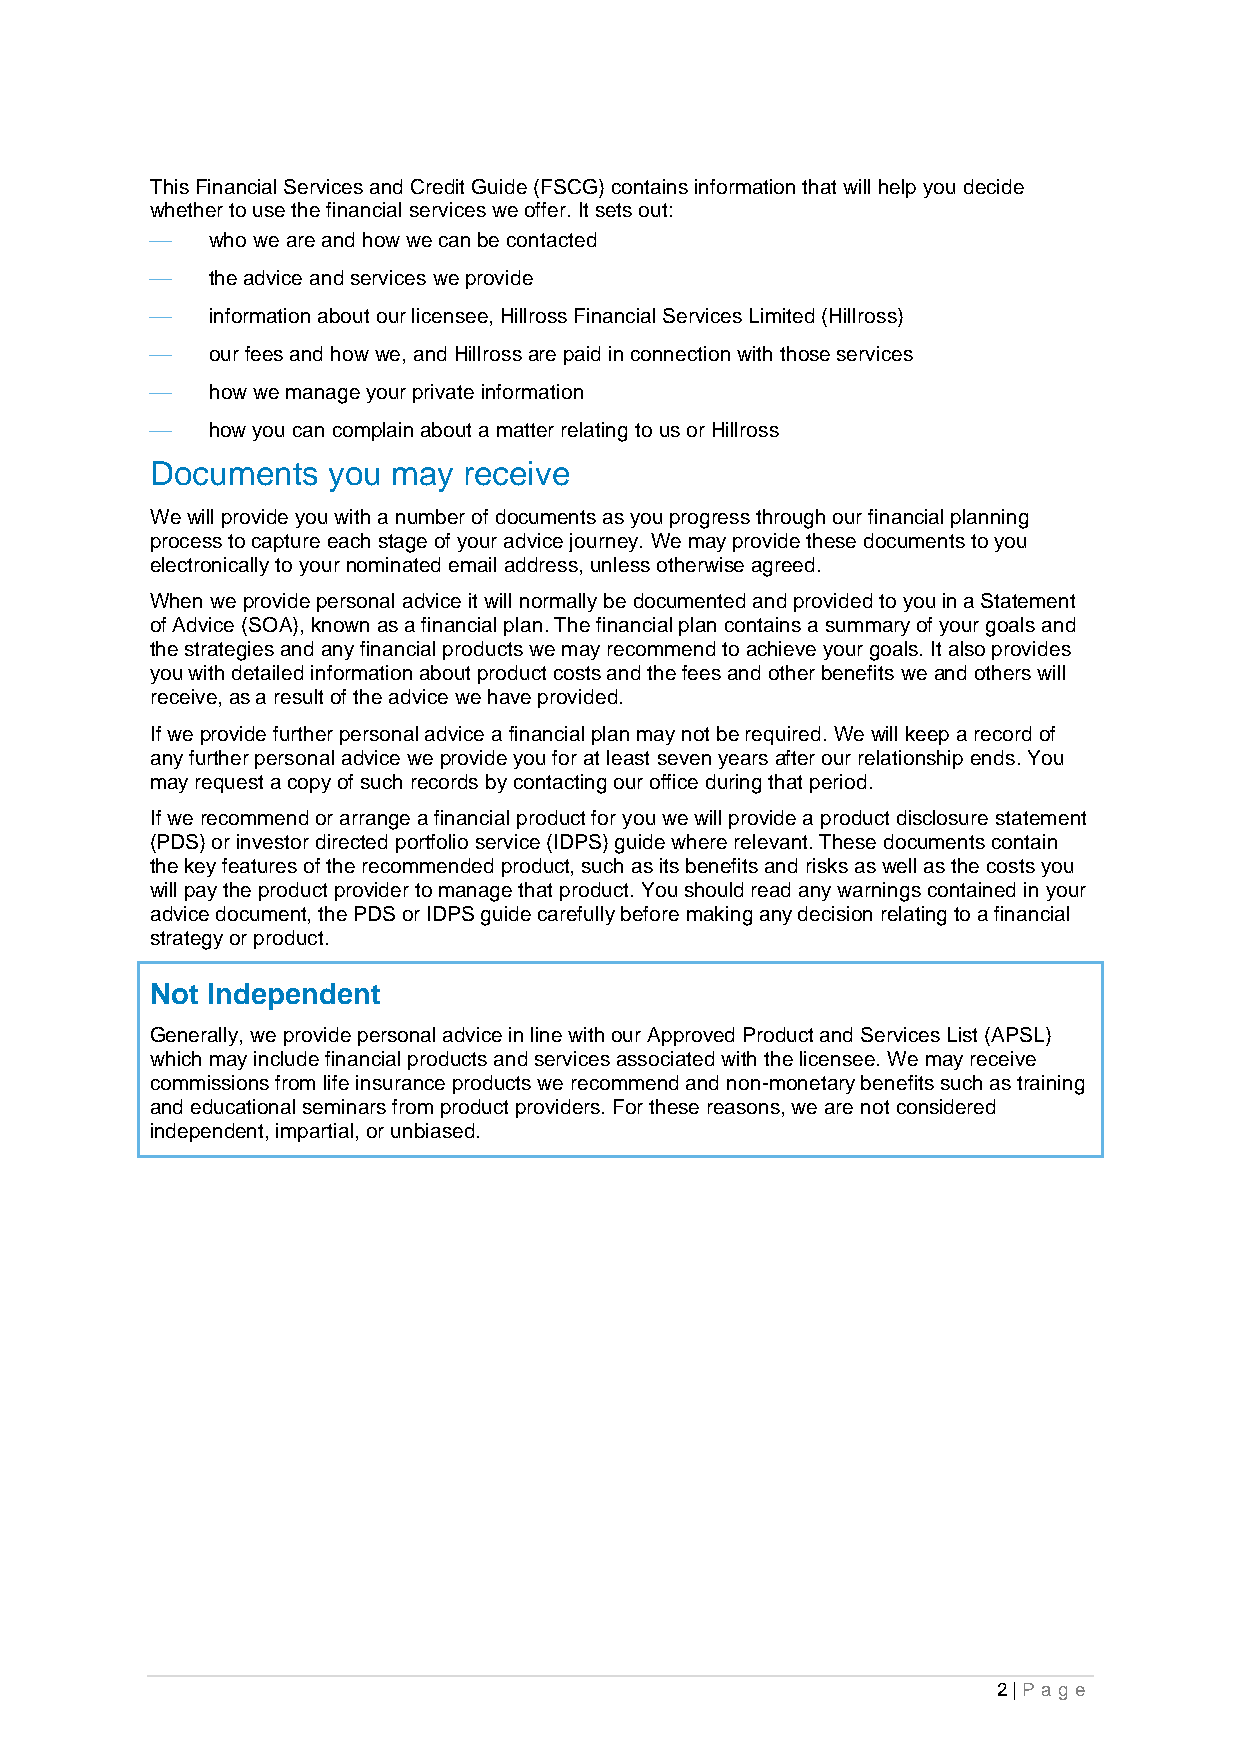
This Financial Services and Credit Guide (FSCG) contains information that will help you decide
 whether to use the financial services we offer. It sets out:
 ⎯   who we are and how we can be contacted
 ⎯   the advice and services we provide
 ⎯   information about our licensee, Hillross Financial Services Limited (Hillross)
 ⎯   our fees and how we, and Hillross are paid in connection with those services
 ⎯   how we manage your private information
 ⎯   how you can complain about a matter relating to us or Hillross
 Documents   you may  receive
 We will provide you with a number of documents as you progress through our financial planning
 process to capture each stage of your advice journey. We may provide these documents to you
 electronically to your nominated email address, unless otherwise agreed.
 When we provide personal advice it will normally be documented and provided to you in a Statement
 of Advice (SOA), known as a financial plan. The financial plan contains a summary of your goals and
 the strategies and any financial products we may recommend to achieve your goals. It also provides
 you with detailed information about product costs and the fees and other benefits we and others will
 receive, as a result of the advice we have provided.
 If we provide further personal advice a financial plan may not be required. We will keep a record of
 any further personal advice we provide you for at least seven years after our relationship ends. You
 may request a copy of such records by contacting our office during that period.
 If we recommend or arrange a financial product for you we will provide a product disclosure statement
 (PDS) or investor directed portfolio service (IDPS) guide where relevant. These documents contain
 the key features of the recommended product, such as its benefits and risks as well as the costs you
 will pay the product provider to manage that product. You should read any warnings contained in your
 advice document, the PDS or IDPS guide carefully before making any decision relating to a financial
 strategy or product.
 Not Independent
 Generally, we provide personal advice in line with our Approved Product and Services List (APSL)
 which may include financial products and services associated with the licensee. We may receive
 commissions from life insurance products we recommend and non-monetary benefits such as training
 and educational seminars from product providers. For these reasons, we are not considered
 independent, impartial, or unbiased.
 2 | Pa g e